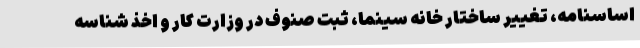
اساسنامه، تغییر ساختار خانه سینما، ثبت صنوف در وزارت کار و اخذ شناسه